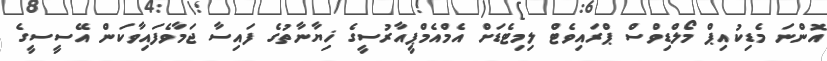
އޮންނަ މެޑިކުއިޕް މޯލްޑިވްސް ޕްރައިވެޓް ލިމިޓެޑަށް އެމްއެމްޕީއާރުސީގެ ޚިޔާނާތުގެ ފައިސާ ޖަމާވެފައިވާކަން އޭސީސީގެ